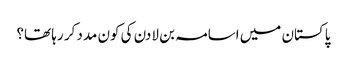
پاکستان میں اسامہ بن لادن کی کون مدد کر رہا تھا؟